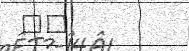
١٠